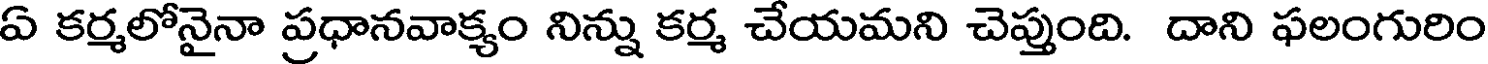
ఏ కర్మలోనైనా ప్రధానవాక్యం నిన్ను కర్మ చేయమని చెప్తుంది. దాని ఫలంగురిం